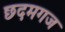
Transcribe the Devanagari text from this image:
छदमगज